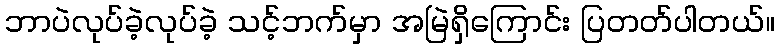
ဘာပဲလုပ်ခဲ့လုပ်ခဲ့ သင့်ဘက်မှာ အမြဲရှိကြောင်း ပြတတ်ပါတယ်။